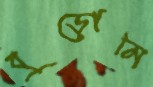
বুড়োমি